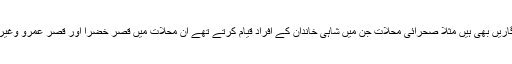
مذہبی عمارات کے علاوہ تعمیرات کے میدان میں مسلمانوں کی دیگر یادگاریں بھی ہیں مثلاً صحرائی محلات جن میں شاہی خاندان کے افراد قیام کرتے تھے ان محلات میں قصر خضرا اور قصر عمرو وغیرہ مشہور ہیں اس قسم کے صحرائی محلات کے کھنڈر آج بھی موجود ہیں۔